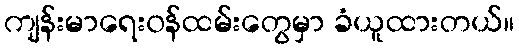
ကျန်းမာရေး၀န်ထမ်းတွေမှာ ခံယူထားတယ်။